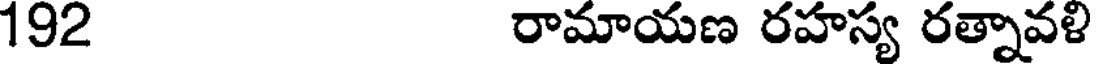
192 రామాయణ రహస్య రత్నావళి